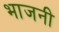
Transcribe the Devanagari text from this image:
भाजनी